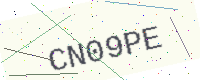
Text: CN09PE